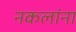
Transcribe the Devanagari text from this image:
नकलांना